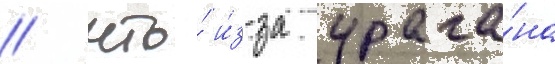
/ что́ и́з-за урага́на